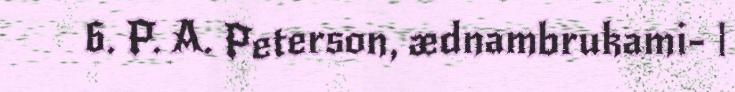
6. P. A. Peterson, ædnambrukami- |